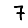
Digit: 7